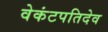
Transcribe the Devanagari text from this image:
वेकंटपतिदेव